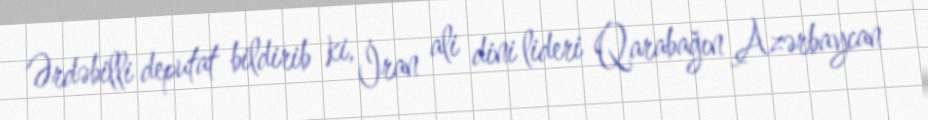
Ərdəbilli deputat bildirib ki, İran ali dini lideri Qarabağın Azərbaycan